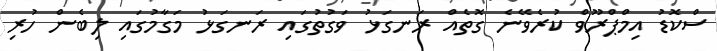
ސްކޮޑު އިމްޕްރޫވް ކުރެވޭނެ ގޮތެއް ރަނގަޅު ވަގުތުގައި ރަނގަޅު މަގާމުގައި ލިބެން ހުރި